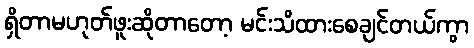
ရှိတာမဟုတ်ဖူးဆိုတာတော့ မင်းသိထားစေချင်တယ်ကွာ